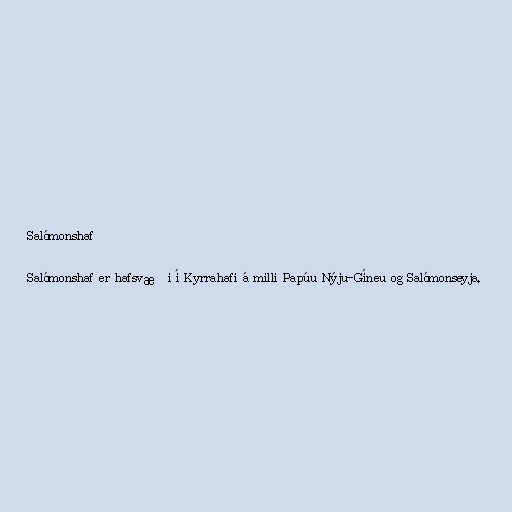
Salómonshaf

Salómonshaf er hafsvæði í Kyrrahafi á milli Papúu Nýju-Gíneu og Salómonseyja.